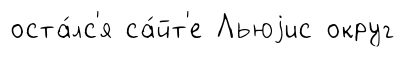
оста́лс'я са́йт'е Льюjис округ